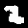
Digit: 2